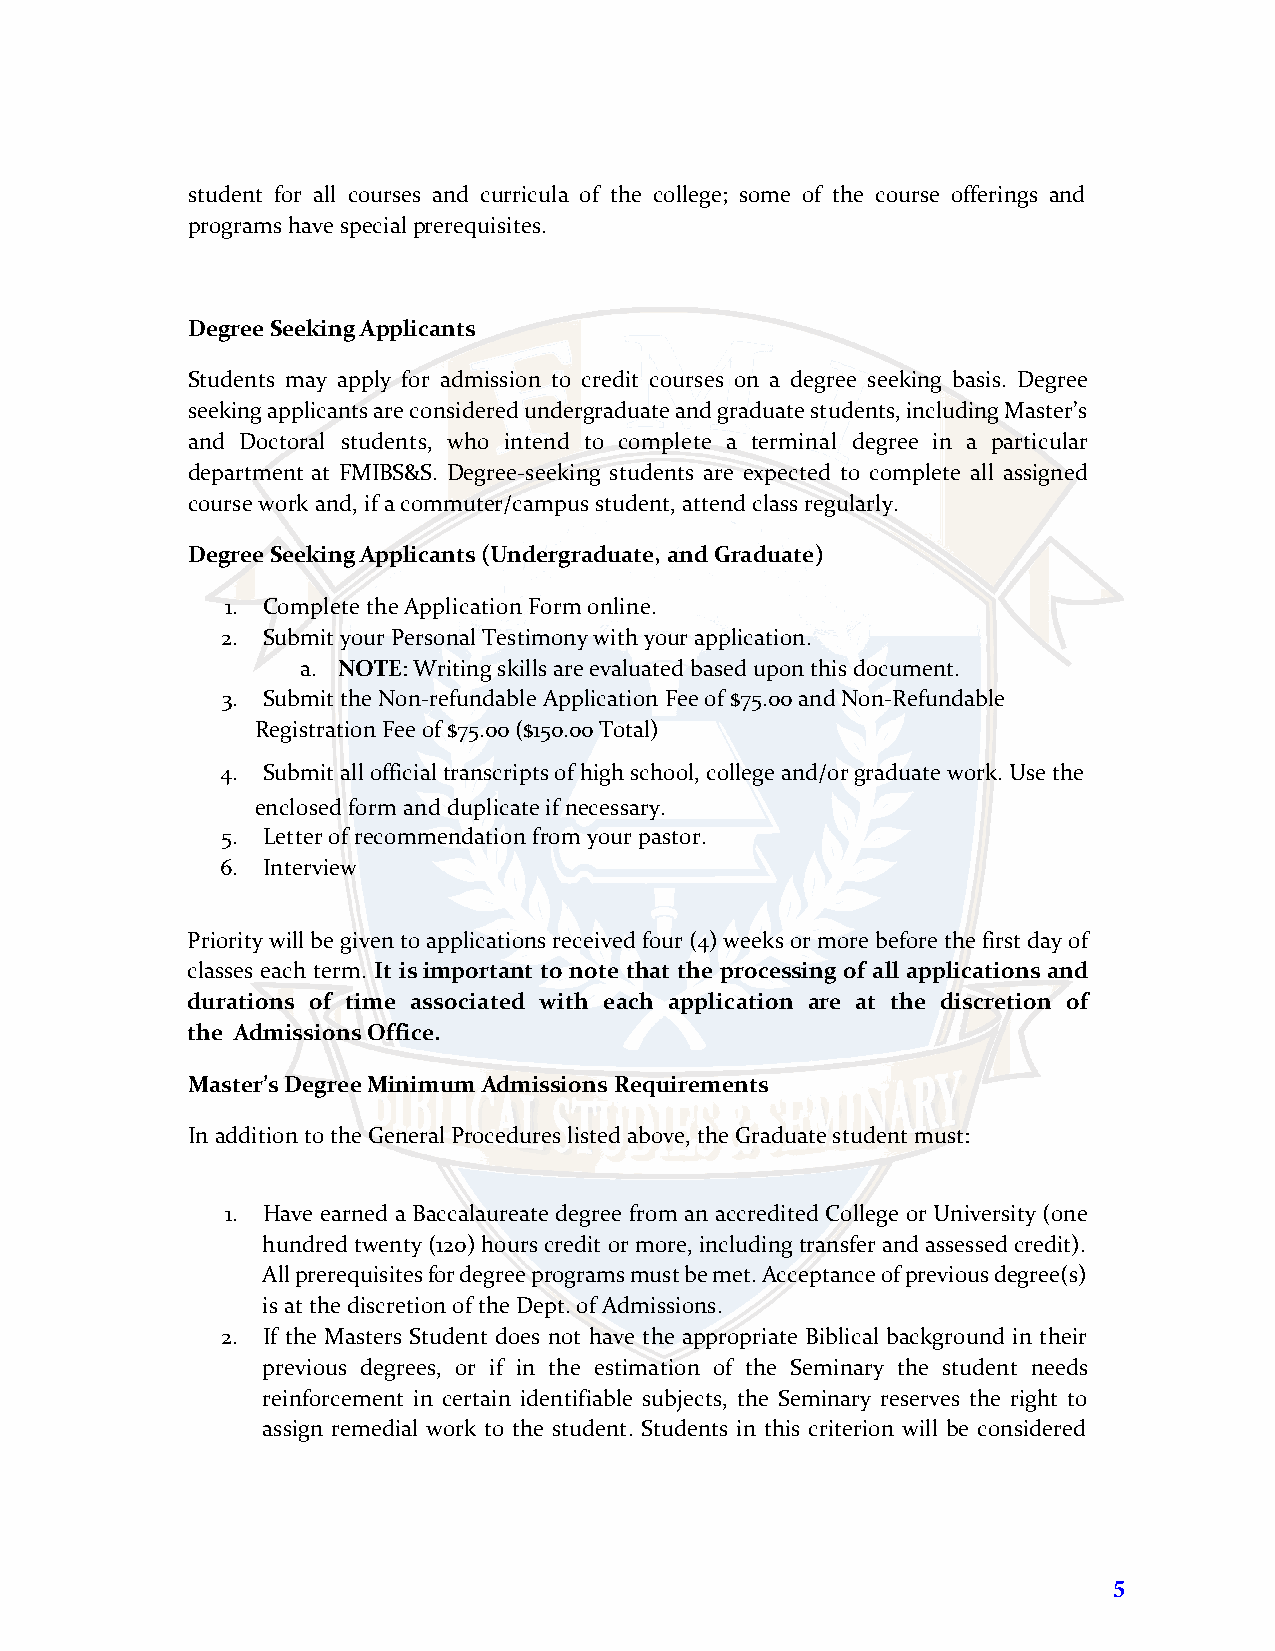
student for all courses and curricula of the college; some of the course offerings and
 programs have special prerequisites.
 Degree Seeking Applicants
 Students may apply for admission to credit courses on a degree seeking basis. Degree
 seeking applicants are considered undergraduate and graduate students, including Master’s
 and Doctoral students, who intend to complete a terminal degree in a particular
 department at FMIBS&S. Degree-seeking students are expected to complete all assigned
 course work and, if a commuter/campus student, attend class regularly.
 Degree Seeking Applicants (Undergraduate, and Graduate)
 1. Complete the Application Form online.
 2. Submit your Personal Testimony with your application.
 a. NOTE: Writing skills are evaluated based upon this document.
 3. Submit the Non-refundable Application Fee of $75.00 and Non-Refundable
 Registration Fee of $75.00 ($150.00 Total)
 4. Submit all official transcripts of high school, college and/or graduate work. Use the
 enclosed form and duplicate if necessary.
 5. Letter of recommendation from your pastor.
 6. Interview
 Priority will be given to applications received four (4) weeks or more before the first day of
 classes each term. It is important to note that the processing of all applications and
 durations of time associated with each application are at the discretion of
 the Admissions Office.
 Master’s Degree Minimum Admissions Requirements
 In addition to the General Procedures listed above, the Graduate student must:
 1. Have earned a Baccalaureate degree from an accredited College or University (one
 hundred twenty (120) hours credit or more, including transfer and assessed credit).
 All prerequisites for degree programs must be met. Acceptance of previous degree(s)
 is at the discretion of the Dept. of Admissions.
 2. If the Masters Student does not have the appropriate Biblical background in their
 previous degrees, or if in the estimation of the Seminary the student needs
 reinforcement in certain identifiable subjects, the Seminary reserves the right to
 assign remedial work to the student. Students in this criterion will be considered
 5